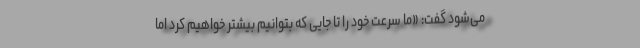
می‌شود گفت: «ما سرعت خود را تا جایی که بتوانیم بیشتر خواهیم کرد اما